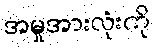
အမှုအားလုံးကို